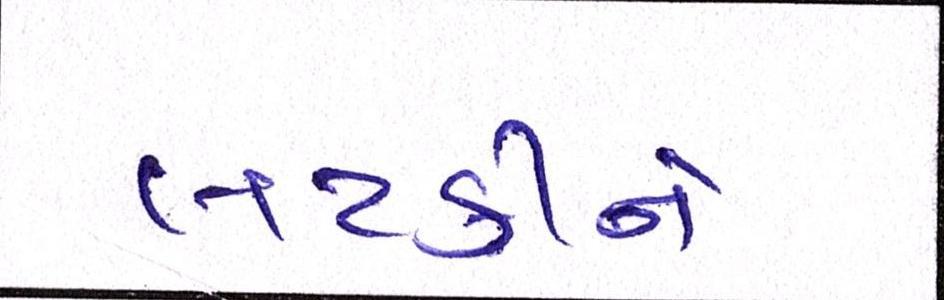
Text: લટકીને